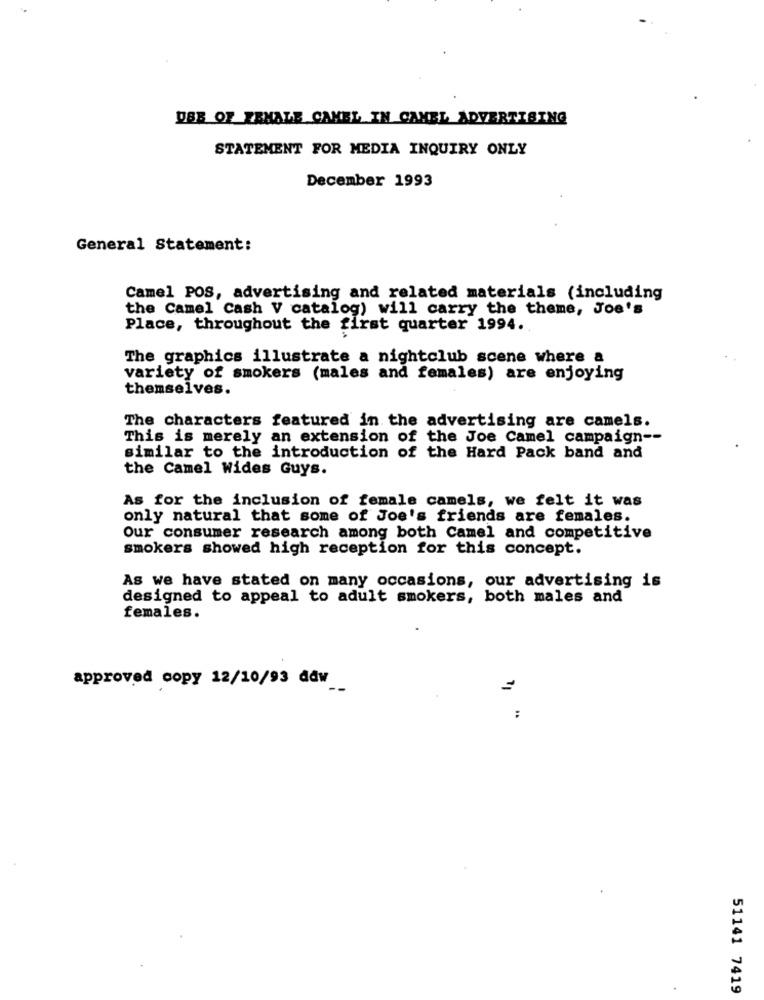
DBB OF FEMALE CAMEL IN CAMEL ADVERTISING
STATEMENT FOR MEDIA INQUIRY ONLY
December 1993
General Statement:
Camel POS, advertising and related materials (including
the Camel Cash V catalog) will carry the theme, Joe's
Place, throughout the first quarter 1994.
The graphics illustrate a nightclub scene where a
variety of smokers (males and females) are enjoying
themselves.
The characters featured in the advertising are camels.
This is merely an extension of the Joe Camel campaign --
similar to the introduction of the Hard Pack band and
the Camel Wides Guys.
As for the inclusion of female camels, we felt it was
only natural that some of Joe's friends are females.
Our consumer research among both Camel and competitive
smokers showed high reception for this concept.
As we have stated on many occasions, our advertising is
designed to appeal to adult smokers, both males and
females.
approved copy 12/10/93 ddw
=
:
.
51141 7419